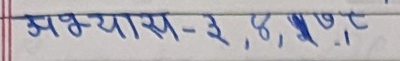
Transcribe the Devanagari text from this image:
अभ्यास- ३,४,५